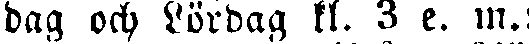
dag och Lördag kl. 3 e. m.;